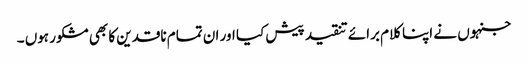
جنہوں نے اپنا کلام برائے تنقید پیش کیا اور ان تمام ناقدین کا بھی مشکور ہوں ۔